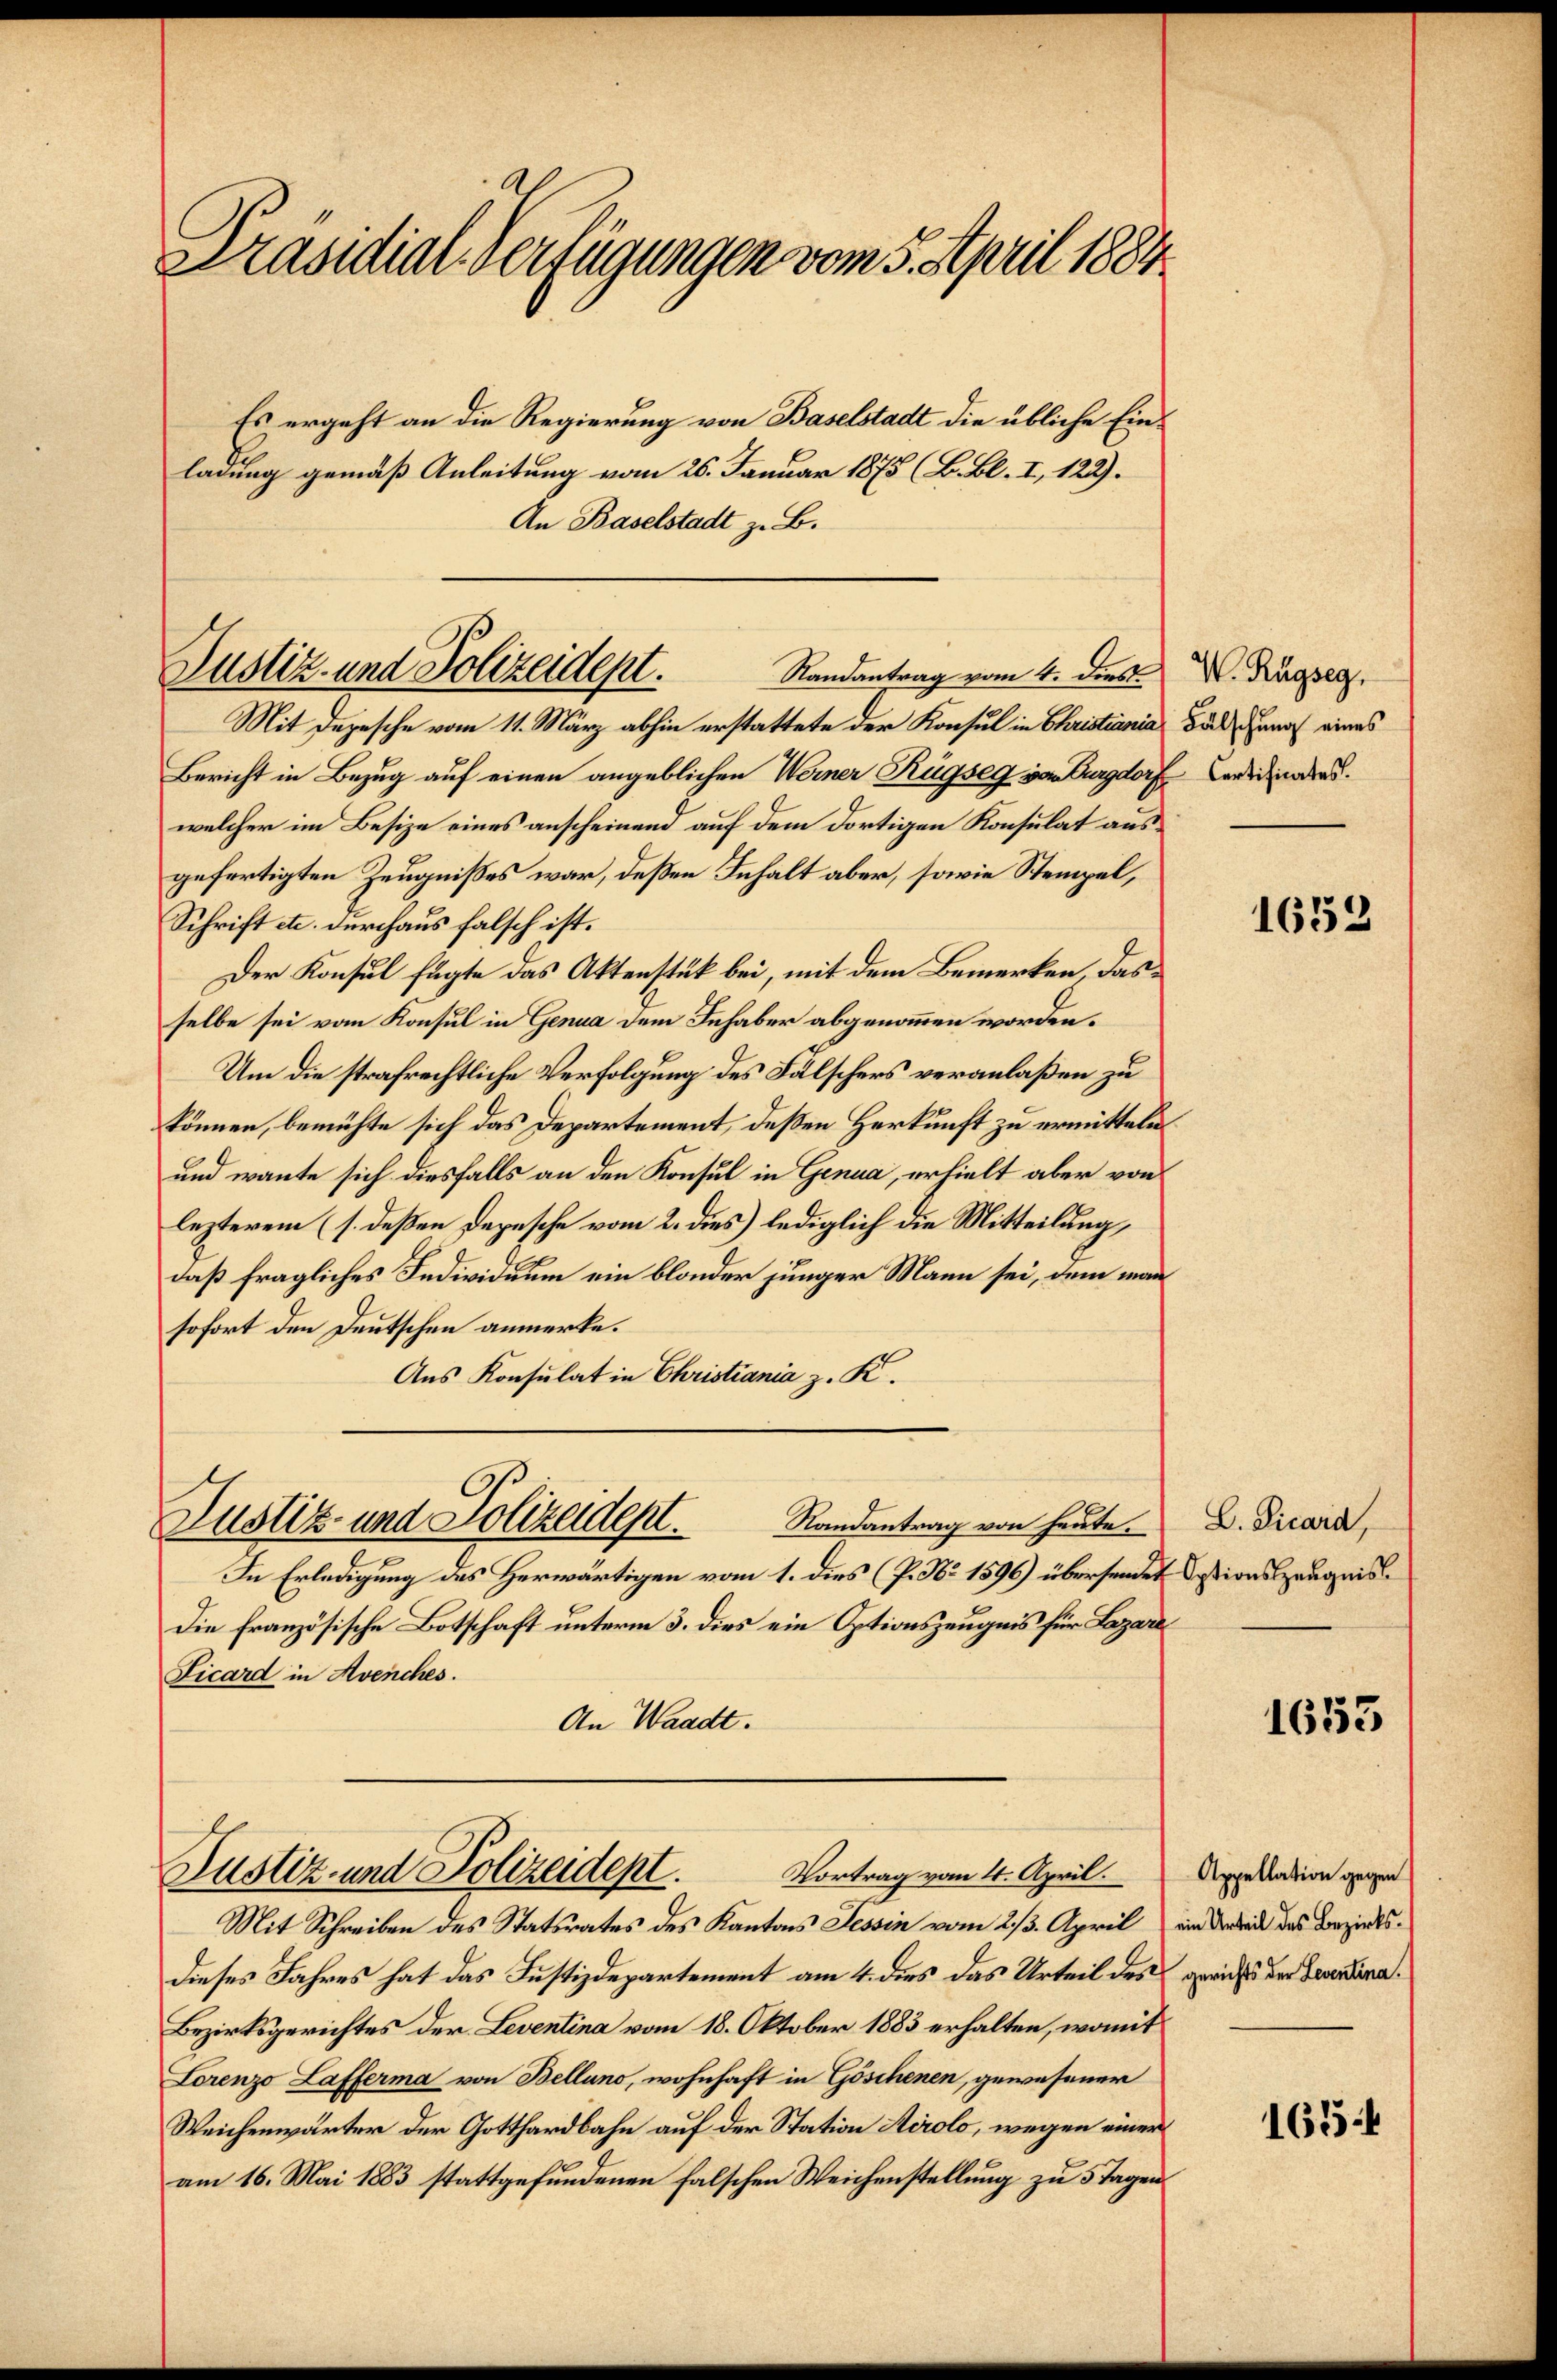
Präsidial-Verfügungen vom 5. April 1884

Es ergeht an die Regierung von Baselstadt die übliche Einladung gemäß Anleitung vom 26. Januar 1875 (B. Bl. I, 122).
An Baselstadt z. B.

Justiz- und Polizeident.
Randantrag vom 4. dies

Mit Depesche vom 11. März abhin erstattete der Konsul in Christiania das Genf eines
Bericht in Bezug auf einen angeblichen Werner Rügseg von Burgdorf Carigiren.
welcher im Besize eines anscheinend auf dem dortigen Konsulat ausgefertigten Zeugnißes war, deßen Inhalt aber, sowie Stempel,
Schrift etc. durchaus falsch ist.
Der Konsul fügte das Aktenstük bei, mit dem Bemerken, das
selbe sei vom Konsul in Genua dem Inhaber abgenommen worden.
Um die strafrechtliche Verfolgung des Fälschers veranlaßen zu
können, bemühte sich das Departement, deßen Herkunft zu ermitteln
und wante sich diesfalls an den Konsul in Genua, erhielt aber von
lezterem (s. deßen Depesche vom 2. dies) lediglich die Mitteilung,
daß fragliches Individuum ein blonder junger Mann sei, dem man
sofort den Deutschen anmerke.
Aus Konsulat in Christiania z. K.
Randantrag von heute.
Justiz- und Polizeident.
In Erledigung des Herwärtigen vom 1. dies (P. Nr. 1596) übersendet dationszeugnis
Die Französische Botschaft unterm 3. dies ein Optionszeugnis für Lazare
Ficard in Avenches.
An Waadt.

Justiz- und Polizeidept. Vortrag vom 4. April.

Mit Schreiben des Statsrates des Kantons Tessin vom 23. April ein dabei das Bezirksdieses Jahres hat das Justizdepartement am 4. dies das Urteil des gerichts dem Ferdina
Bezirksgerichtes der Leventina vom 18. Oktober 1883 erhalten, womit
Lorenzo Lafferma von Bellano, wohnhaft in Göschenen, gewesener
Weichenwärter der Gotthardbahn auf der Station Airolo, wegen einer
am 16. Mai 1883 stattgefundenen falschen Weichenstellung zu 5 Tagen

W. Rugseg.

1653

L. Vicard,

1653

Appellation gegen

1654